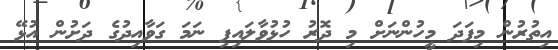
އިތުރުން މިފަދަ މީހުންނަށް މި ދޮރު ހުޅުވާލައިފި ނަމަ ގަވާއިދުގެ ދަށުން އުޅޭ